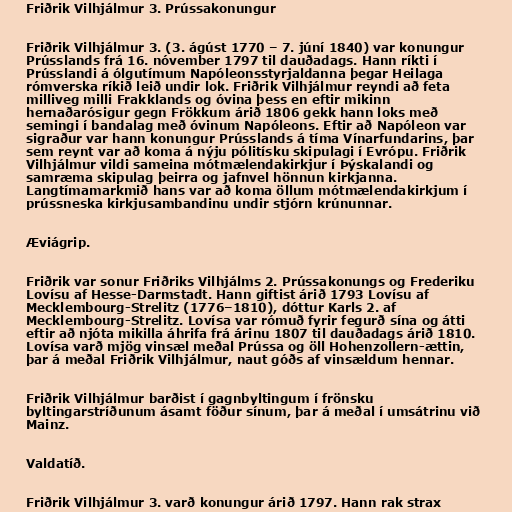
Friðrik Vilhjálmur 3. Prússakonungur

Friðrik Vilhjálmur 3. (3. ágúst 1770 – 7. júní 1840) var konungur
Prússlands frá 16. nóvember 1797 til dauðadags. Hann ríkti í
Prússlandi á ólgutímum Napóleonsstyrjaldanna þegar Heilaga
rómverska ríkið leið undir lok. Friðrik Vilhjálmur reyndi að feta
milliveg milli Frakklands og óvina þess en eftir mikinn
hernaðarósigur gegn Frökkum árið 1806 gekk hann loks með
semingi í bandalag með óvinum Napóleons. Eftir að Napóleon var
sigraður var hann konungur Prússlands á tíma Vínarfundarins, þar
sem reynt var að koma á nýju pólitísku skipulagi í Evrópu. Friðrik
Vilhjálmur vildi sameina mótmælendakirkjur í Þýskalandi og
samræma skipulag þeirra og jafnvel hönnun kirkjanna.
Langtímamarkmið hans var að koma öllum mótmælendakirkjum í
prússneska kirkjusambandinu undir stjórn krúnunnar.

Æviágrip.

Friðrik var sonur Friðriks Vilhjálms 2. Prússakonungs og Frederiku
Lovísu af Hesse-Darmstadt. Hann giftist árið 1793 Lovísu af
Mecklembourg-Strelitz (1776–1810), dóttur Karls 2. af
Mecklembourg-Strelitz. Lovísa var rómuð fyrir fegurð sína og átti
eftir að njóta mikilla áhrifa frá árinu 1807 til dauðadags árið 1810.
Lovísa varð mjög vinsæl meðal Prússa og öll Hohenzollern-ættin,
þar á meðal Friðrik Vilhjálmur, naut góðs af vinsældum hennar.

Friðrik Vilhjálmur barðist í gagnbyltingum í frönsku
byltingarstríðunum ásamt föður sínum, þar á meðal í umsátrinu við
Mainz.

Valdatíð.

Friðrik Vilhjálmur 3. varð konungur árið 1797. Hann rak strax